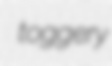
toggery